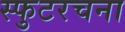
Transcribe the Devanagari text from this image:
स्फुटरचना